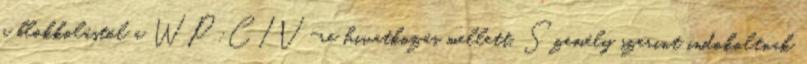
a blokkolástól a WP:CIV-re hivatkozás mellett. Személy szerint indokoltnak